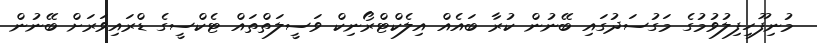
މުނިފޫހިފިލުވުމުގެ މަގުސަދުގައި ބޭނުން ކުރާ ބައެއް އިލެކްޓްރޯނިކް ވަސީލަތްތައް ޓެކްސީގެ ޑްރައިވަރަށް ބޭނުން